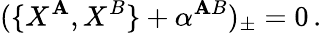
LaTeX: (\{ X^{\mathbf{A}},X^{B}\} +\alpha^{\mathbf{A}B})_{\pm}=0\, .